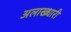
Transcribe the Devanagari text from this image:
अलाख्धारी